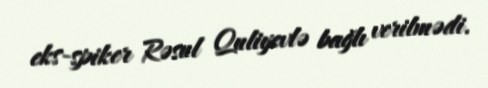
eks-spiker Rəsul Quliyevlə bağlı verilmədi.